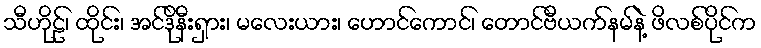
သီဟိုဠ်၊ ထိုင်း၊ အင်ဒိုနီးရှား၊ မလေးယား၊ ဟောင်ကောင်၊ တောင်ဗီယက်နမ်နဲ့ ဖိလစ်ပိုင်က